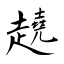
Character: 趬